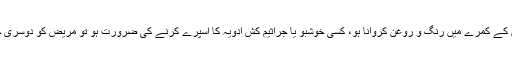
اسی طرح مریض کے کمرے میں رنگ و روغن کروانا ہو، کسی خوشبو یا جراثیم کُش ادویہ کا اسپرے کرنے کی ضرورت ہو تو مریض کو دوسری جگہ منتقل کردیں۔